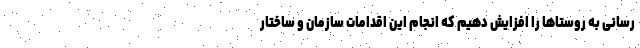
رسانی به روستاها را افزایش دهیم که انجام این اقدامات سازمان و ساختار